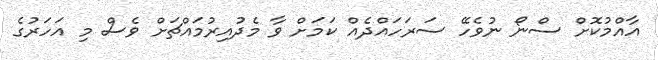
އާއްމުކޮށް ސްނޯ ނުވެހޭ ސަރަހައްދެއް ކަމަށް ވާ މެދުއިރުމައްޗަށް ވެސް މި އަހަރުގެ